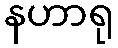
နဟာရု